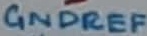
Text: GNDREF